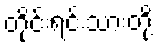
တိုင်းရင်းသားတို့